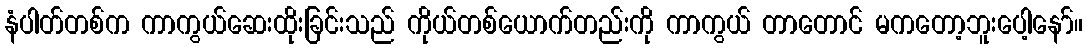
နံပါတ်တစ်က ကာကွယ်ဆေးထိုးခြင်းသည် ကိုယ်တစ်ယောက်တည်းကို ကာကွယ် တာတောင် မကတော့ဘူးပေါ့နော်။